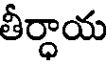
తీర్ధాయ